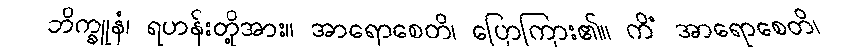
ဘိက္ခူနံ၊ ရဟန်းတို့အား။ အာရောစေတိ၊ ပြောကြား၏။ ကိံ အာရောစေတိ၊